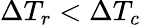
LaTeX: \Delta T_{r}<\Delta T_{c}